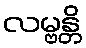
လမ္ဗန္တိ